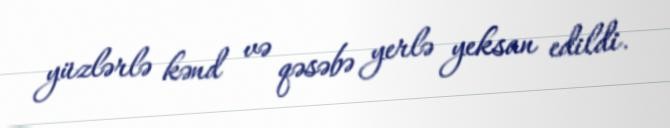
yüzlərlə kənd və qəsəbə yerlə yeksan edildi.